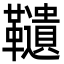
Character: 䪋